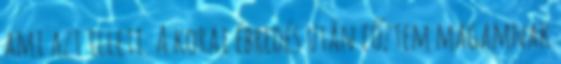
ami azt illeti. A korai ébredés után főztem magamnak